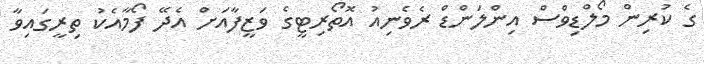
ގެ ކުރިން މޯލްޑިވްސް އިންލަންޑް ރެވެނިއު އޮތޯރިޓީގެ ވަޒީފާއަށް އެދޭ ފޯމާއެކު ތިރީގައިވާ